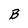
Character: B